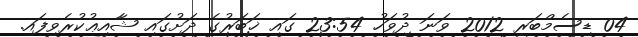
04 ޑިސެމްބަރ 2012 ވަނަ ދުވަހު 23:54 ގައި ޚަބަރުގެ ދަށުގައި ޝާއިޢުކުރެވިފައި.